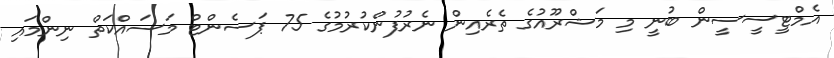
އެމްޓީސީސީން ބުނީ މި މަޝްރޫއުގެ ތެރެއިން ނެރުފުންކުރުމުގެ 75 ޕަސެންޓް މަސައްކަތް ނިންމައި